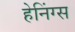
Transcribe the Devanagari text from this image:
हेनिंग्स